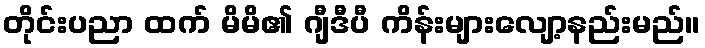
တိုင်းပညာ ထက် မိမိ၏ ဂျီဒီပီ ကိန်းများလျော့နည်းမည်။